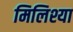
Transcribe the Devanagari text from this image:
मिलिश्या